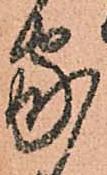
家